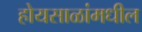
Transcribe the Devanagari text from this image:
होयसाळांमधील